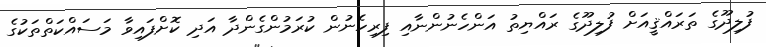
ފުލިދޫގެ ތަރައްޤީއަށް ފުލިދޫގެ ރައްޔިތު އަންހެނުންނާއި ފިރިހެނުން ކުރަމުންގެންދާ އަދި ކޮށްފައިވާ މަސައްކަތްތަކުގެ